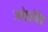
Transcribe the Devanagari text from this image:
ज्येष्ठमित्र